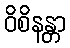
ဝိစိနန္တာ